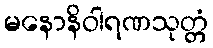
မနောနိဝါရဏသုတ္တံ